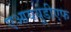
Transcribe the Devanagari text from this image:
एआययूडीएफ